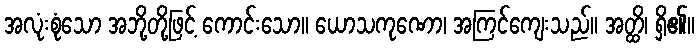
အလုံးစုံသော အဘို့တို့ဖြင့် ကောင်းသော။ ယောသကုဏော၊ အကြင်ကျေးသည်။ အတ္ထိ၊ ရှိ၏။